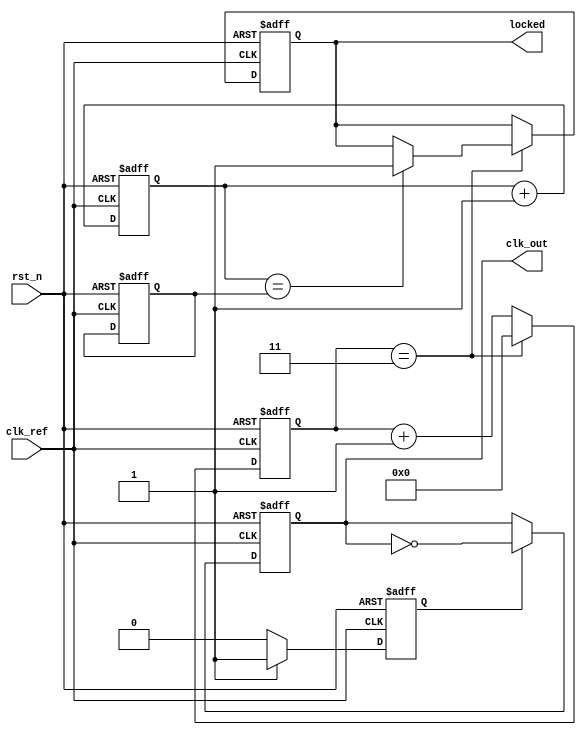
module LowJitterPLL (
    input wire clk_ref,          // Reference clock input
    input wire rst_n,           // Active low reset
    output wire clk_out,        // PLL output clock
    output reg locked           // PLL lock status
);

// Parameters
parameter DIV_FACTOR = 4;       // Division factor for feedback
parameter COUNTER_WIDTH = 8;    // Width of counters for phase detection

// Internal signals
reg [COUNTER_WIDTH-1:0] phase_counter_ref; // Counter for reference clock
reg [COUNTER_WIDTH-1:0] phase_counter_vco; // Counter for VCO clock
reg phase_error;                    // Phase error signal
reg charge_pump_signal;             // Charge pump output signal
reg [COUNTER_WIDTH-1:0] vco_count;  // VCO output counter
reg [COUNTER_WIDTH-1:0] feedback_count; // Feedback divider count
reg vco_output;                     // VCO output signal

// Phase Detector (PD)
always @(posedge clk_ref or negedge rst_n) begin
    if (!rst_n) begin
        phase_counter_ref <= 0;
        phase_counter_vco <= 0;
    end else begin
        phase_counter_ref <= phase_counter_ref + 1;
    end
end

// VCO Simulation (Simple counter)
always @(posedge vco_output or negedge rst_n) begin
    if (!rst_n) begin
        vco_count <= 0;
    end else begin
        vco_count <= vco_count + 1;
    end
end

// Charge Pump (CP)
always @(posedge clk_ref or negedge rst_n) begin
    if (!rst_n) begin
        charge_pump_signal <= 0;
    end else begin
        // Simple charge/discharge based on phase error
        if (phase_error) begin
            charge_pump_signal <= 1; // Charge
        end else begin
            charge_pump_signal <= 0; // Discharge
        end
    end
end

// Feedback Divider
always @(posedge clk_ref or negedge rst_n) begin
    if (!rst_n) begin
        feedback_count <= 0;
        locked <= 0;
    end else begin
        if (feedback_count == (DIV_FACTOR - 1)) begin
            feedback_count <= 0;
            // Update lock status based on phase comparison
            if (phase_counter_ref == phase_counter_vco) begin
                locked <= 1; // Locked condition
            end
        end else begin
            feedback_count <= feedback_count + 1;
        end
    end
end

// VCO output generation (based on charge pump control)
always @(posedge clk_ref or negedge rst_n) begin
    if (!rst_n) begin
        vco_output <= 0;
    end else if (charge_pump_signal) begin
        // Simple vco output toggle based on charge pump signal
        vco_output <= ~vco_output; // Toggle VCO output for simplicity
    end
end

assign clk_out = vco_output; // PLL output clock

endmodule